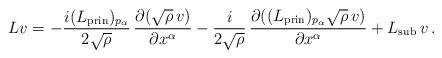
LaTeX: \begin{align*}Lv=-\frac{i(L_\mathrm{prin})_{p_\alpha}}{2\sqrt{\rho}}\,\frac{\partial(\sqrt{\rho}\,v)}{\partial x^\alpha}-\frac{i}{2\sqrt{\rho}}\,\frac{\partial((L_\mathrm{prin})_{p_\alpha}\sqrt{\rho}\,v)}{\partial x^\alpha}+L_\mathrm{sub}\,v\,.\end{align*}